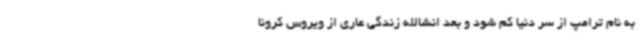
به نام ترامپ از سر دنیا کم شود و بعد انشالله زندگی عاری از ویروس کرونا